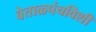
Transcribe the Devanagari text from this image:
वेताळपंचविशी